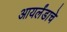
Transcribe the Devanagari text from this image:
आयर्लंडाचे